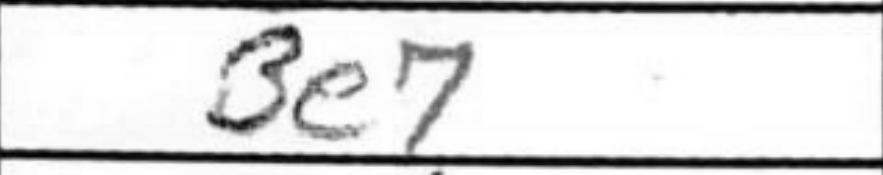
Transcription: Be7